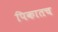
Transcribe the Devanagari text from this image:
पिकातच